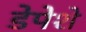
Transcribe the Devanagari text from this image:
डेपेशे